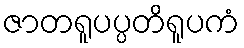
ဇာတရူပပ္ပတိရူပကံ